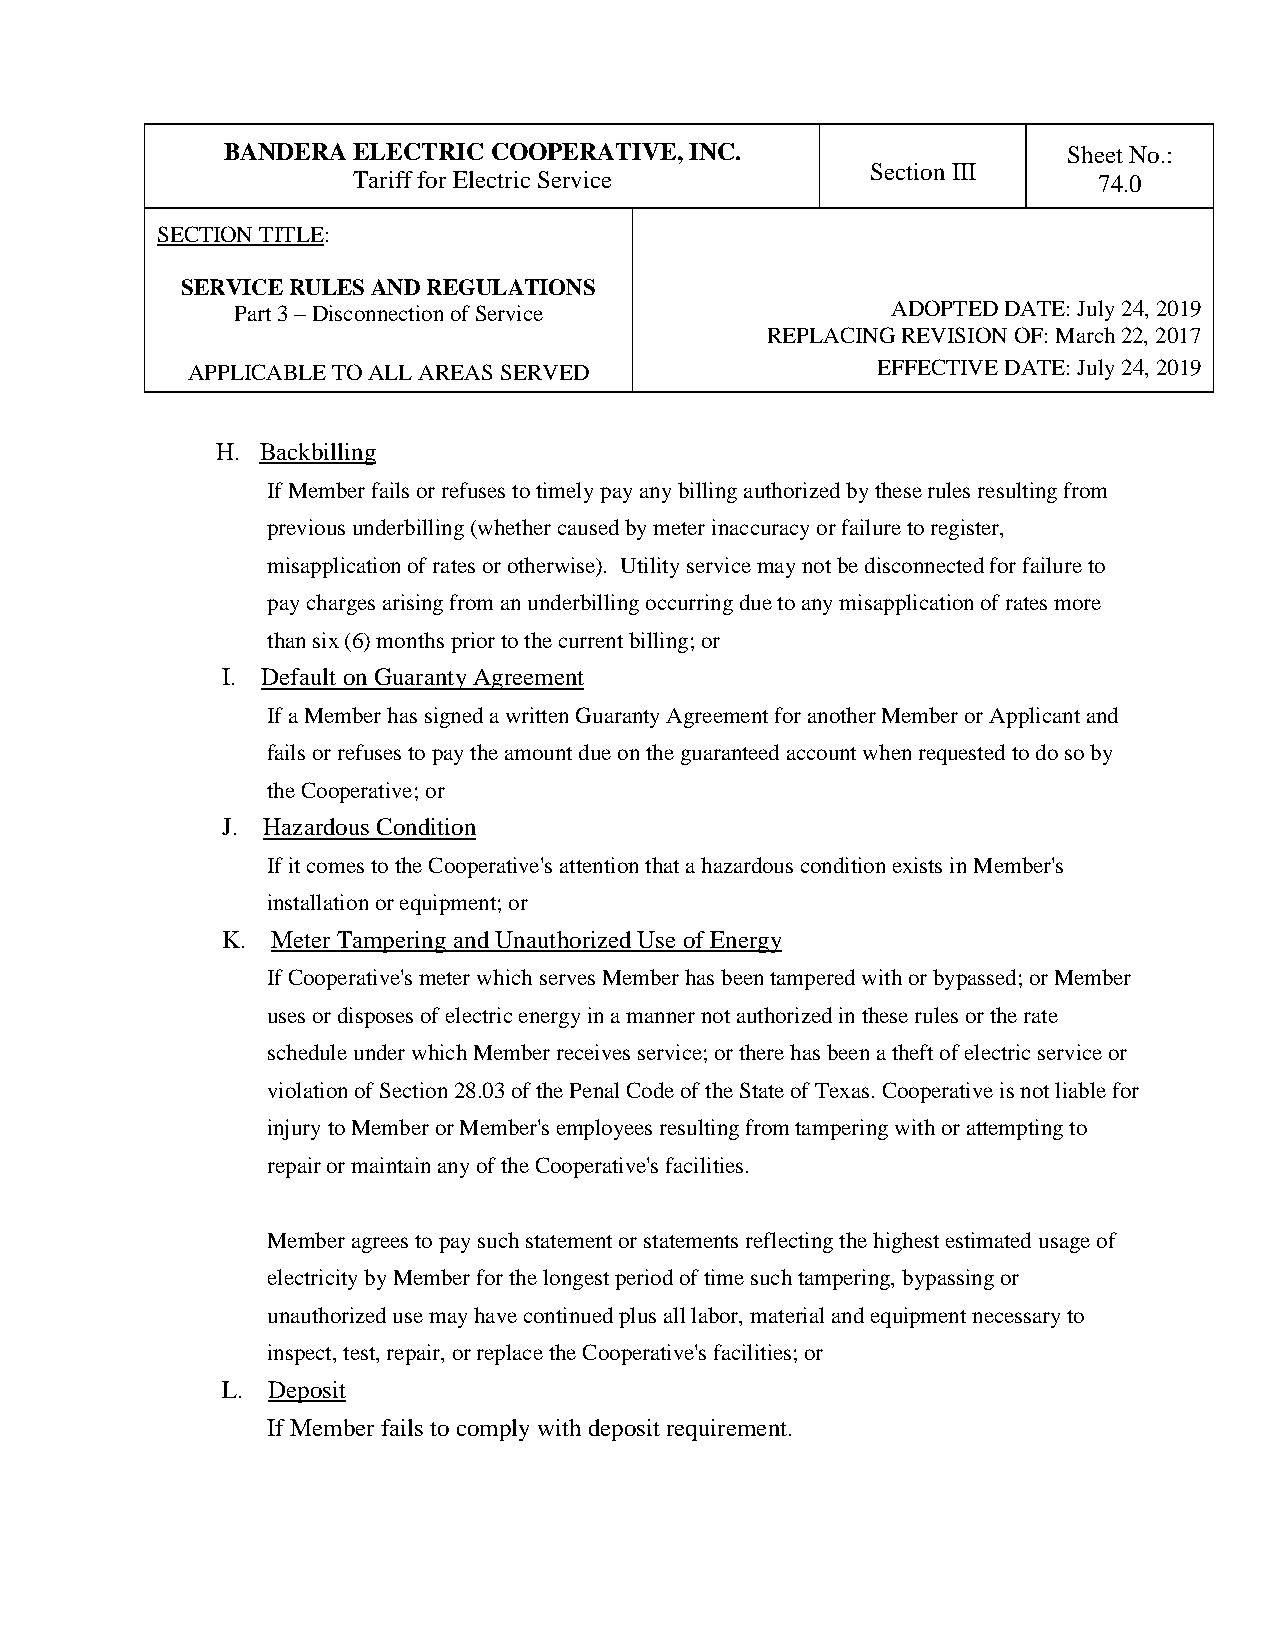
BANDERA ELECTRIC COOPERATIVE,  INC.                     Sheet No.:
 Section III
 Tariff for Electric Service                       74.0
 SECTION TITLE:
 SERVICE RULES AND REGULATIONS
 Part 3 – Disconnection of Service          ADOPTED DATE: July 24, 2019
 REPLACING REVISION OF: March 22, 2017
 APPLICABLE TO ALL AREAS SERVED                EFFECTIVE DATE: July 24, 2019
 H. Backbilling
 If Member fails or refuses to timely pay any billing authorized by these rules resulting from
 previous underbilling (whether caused by meter inaccuracy or failure to register,
 misapplication of rates or otherwise). Utility service may not be disconnected for failure to
 pay charges arising from an underbilling occurring due to any misapplication of rates more
 than six (6) months prior to the current billing; or
 I. Default on Guaranty Agreement
 If a Member has signed a written Guaranty Agreement for another Member or Applicant and
 fails or refuses to pay the amount due on the guaranteed account when requested to do so by
 the Cooperative; or
 J. Hazardous Condition
 If it comes to the Cooperative's attention that a hazardous condition exists in Member's
 installation or equipment; or
 K. Meter Tampering and Unauthorized Use of Energy
 If Cooperative's meter which serves Member has been tampered with or bypassed; or Member
 uses or disposes of electric energy in a manner not authorized in these rules or the rate
 schedule under which Member receives service; or there has been a theft of electric service or
 violation of Section 28.03 of the Penal Code of the State of Texas. Cooperative is not liable for
 injury to Member or Member's employees resulting from tampering with or attempting to
 repair or maintain any of the Cooperative's facilities.
 Member agrees to pay such statement or statements reflecting the highest estimated usage of
 electricity by Member for the longest period of time such tampering, bypassing or
 unauthorized use may have continued plus all labor, material and equipment necessary to
 inspect, test, repair, or replace the Cooperative's facilities; or
 L. Deposit
 If Member fails to comply with deposit requirement.